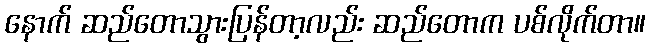
နောက် ဆည်တောသွားပြန်တာ့လည်း ဆည်တောက ပစ်လိုက်တာ။